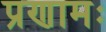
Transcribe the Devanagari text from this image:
प्रणामः